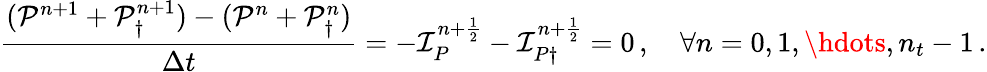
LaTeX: \frac{(\mathcal P^{n+1}+\mathcal P_{\dagger}^{n+1})-(\mathcal P^{n}+\mathcal P_{\dagger}^{n})}{\Delta t}=-\mathcal I_{P}^{n+\frac 12}-\mathcal I_{P\dagger}^{n+\frac 12}=0\, ,\quad\forall n=0,1,\hdots,n_{t}-1\, .